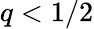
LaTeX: q<1/2